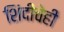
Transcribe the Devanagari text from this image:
शिंदीचेही